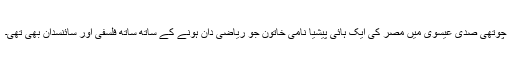
چوتھی صدی عیسوی میں مصر کی ایک ہائی پیشیا نامی خاتون جو ریاضی دان ہونے کے ساتھ ساتھ فلسفی اور سائنسدان بھی تھی۔